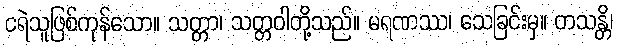
ငရဲသူဖြစ်ကုန်သော။ သတ္တာ၊ သတ္တဝါတို့သည်။ မရဏဿ၊ သေခြင်းမှ။ တသန္တိ၊